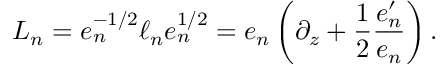
L _ { n } = e _ { n } ^ { - 1 / 2 } \ell _ { n } e _ { n } ^ { 1 / 2 } = e _ { n } \left( \partial _ { z } + { \frac { 1 } { 2 } } { \frac { e _ { n } ^ { \prime } } { e _ { n } } } \right) .